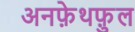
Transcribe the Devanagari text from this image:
अनफ़ेथफ़ुल